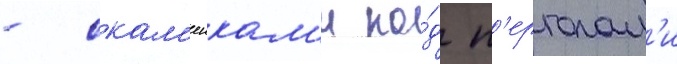
- скам'еикам'и по́д п'ерголам'и